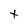
Character: t